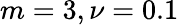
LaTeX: m=3,\nu=0.1